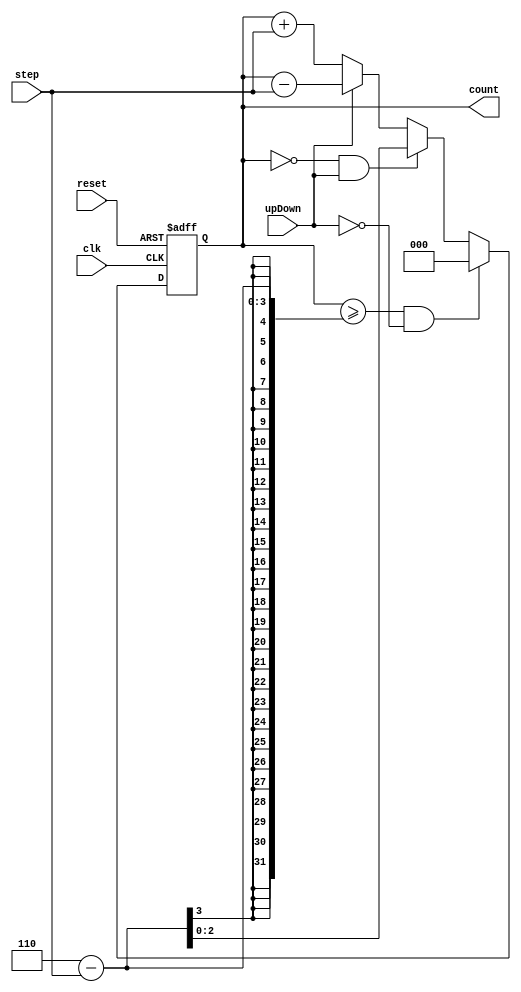
module counterStepUpDown #(parameter x = 3, n = 6)

(input clk, reset, upDown, input[1:0] step, output [x-1:0] count);
    reg [x-1:0] count;
    
    always @(posedge clk, posedge reset) begin
         if (reset == 1)
            count <= 0; 
        
         else if (count >= n - step & ~upDown)
             count <= 0; 
         
         else if (count == 0 & upDown)
            count <= n - step;
            
         else if (upDown)
             count <= count - step; 
             
         else if (~upDown)
            count <= count + step;
       
    end
endmodule